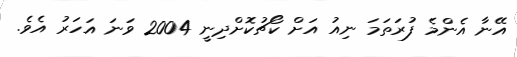
އޭނާ އެންމެ ފުރަތަމަ ނިއު އަށް ކޯޗުކޮށްދިނީ 2004 ވަނަ އަހަރު އެވެ.